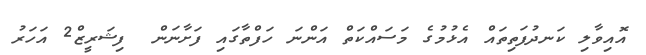
އޮއިވާލި ކަނދުފަތިތައް އެޅުމުގެ މަސައްކަތް އަންނަ ހަފްތާގައި ފަށާނަން  ފިޝަރީޒް2 އަހަރު